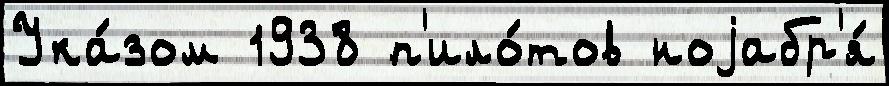
Ука́зом 1938 п'ило́тов ноjабр'я́